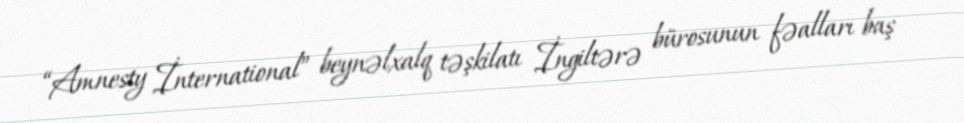
“Amnesty İnternational” beynəlxalq təşkilatı İngiltərə bürosunun fəalları baş